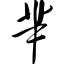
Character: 芈